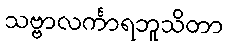
သဗ္ဗာလင်္ကာရဘူသိတာ